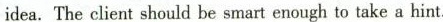
idea. The client should be smart enough to take a hint.